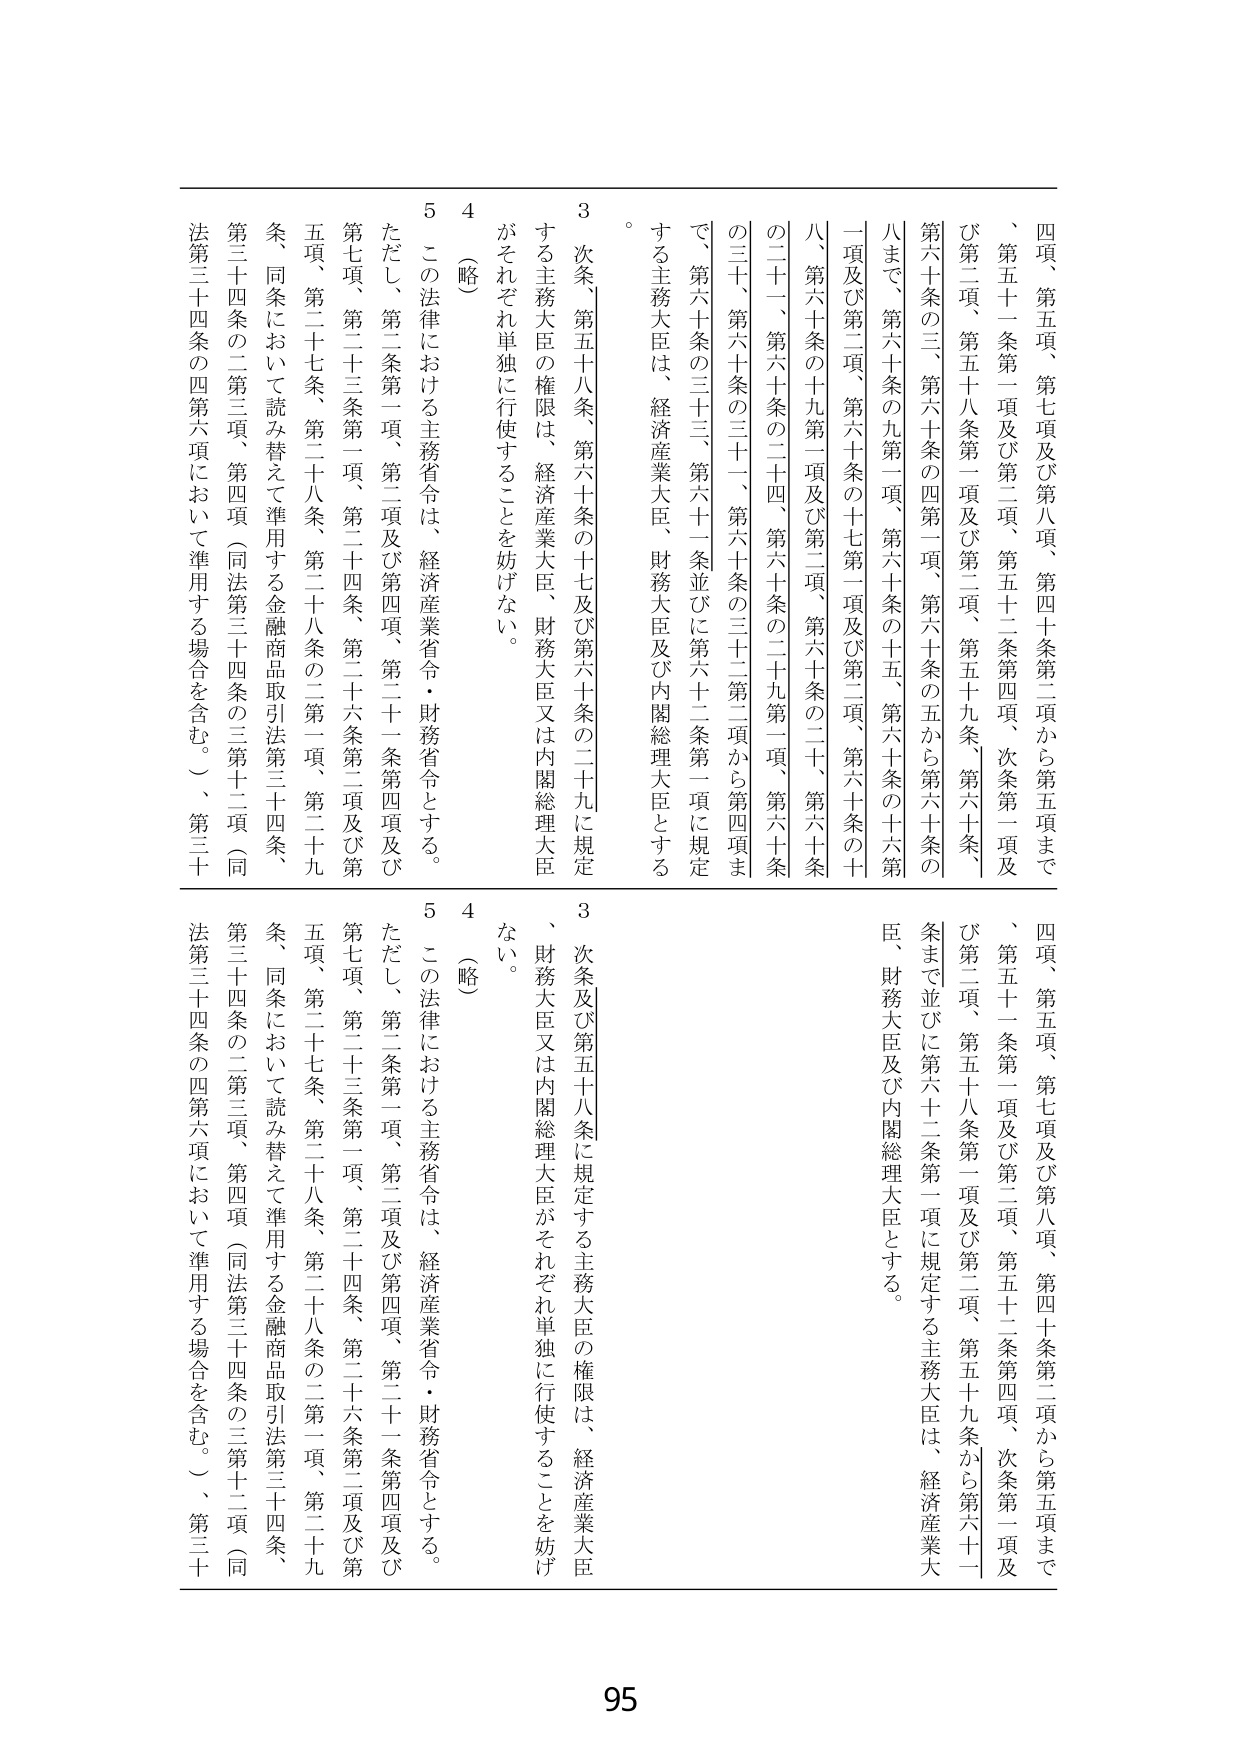
四項、第五項、第七項及び第八項、第四十条第二項から第五項まで
、第五十一条第一項及び第二項、第五十二条第四項、次条第一項及び第二項、第五十八条第一項及び第二項、第五十九条、第六十条
第六十条の三、第六十条の四第一項、第六十条の五から第六十条の
八まで、第六十条の九第一項、第六十条の十五、第六十条の十六第
一項及び第二項、第六十条の十七第一項及び第二項、第六十条の十
八、第六十条の十九第一項及び第二項、第六十条の二十、第六十条
の二十一、第六十条の二十四、第六十条の二十九第一項、第六十条
の三十、第六十条の三十一、第六十条の三十二第二項から第四項ま
で、第六十条の三十三、第六十一条並びに第六十二条第一項に規定
する主務大臣は、経済産業大臣、財務大臣及び内閣総理大臣とする
。
3 次条、第五十八条、第六十条の十七及び第六十条の二十に規定
する主務大臣の権限は、経済産業大臣、財務大臣又は内閣総理大臣
がそれぞれ単独に行使することを妨げない。
4 （略）
5 この法律における主務省令は、経済産業省令・財務省令とする。
ただし、第二条第一項、第二項及び第四項、第二十一条第四項及び
第七項、第二十三条第一項、第二十四条、第二十六条第二項及び第
五項、第二十七条、第二十八条、第二十八条の二第一項、第二十九
条、同条において読み替えて準用する金融商品取引法第三十四条、
第三十四条の二第三項、第四項（同法第三十四条の三第十二項（同
法第三十四条の四第六項において準用する場合を含む。）、第三十

四項、第五項、第七項及び第八項、第四十条第二項から第五項まで
、第五十一条第一項及び第二項、第五十二条第四項、次条第一項及
び第二項、第五十八条第一項及び第二項、第五十九条から第六十一
条まで並びに第六十二条第一項に規定する主務大臣は、経済産業大
臣、財務大臣及び内閣総理大臣とする。
3 次条及び第五十八条に規定する主務大臣の権限は、経済産業大臣
、財務大臣又は内閣総理大臣がそれぞれ単独に行使することを妨げ
ない。
4 （略）
5 この法律における主務省令は、経済産業省令・財務省令とする。
ただし、第二条第一項、第二項及び第四項、第二十一条第四項及び
第七項、第二十三条第一項、第二十四条、第二十六条第二項及び第
五項、第二十七条、第二十八条、第二十八条の二第一項、第二十九
条、同条において読み替えて準用する金融商品取引法第三十四条、
第三十四条の二第三項、第四項（同法第三十四条の三第十二項（同
法第三十四条の四第六項において準用する場合を含む。）、第三十

95